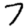
Digit: 7